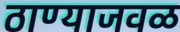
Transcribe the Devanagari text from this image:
ठाण्याजवळ